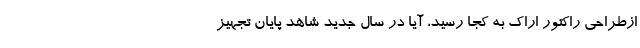
ازطراحی راکتور اراک به کجا رسید، آیا در سال جدید شاهد پایان تجهیز